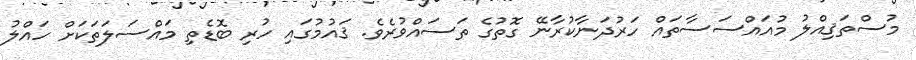
މުސްތަޤިއްލު މުއައްސަސާތައް ހަރުދަނާކުރާނޭ ގޮތުގެ ތަސައްވުރެވެ. ޤައުމުގައި ހުރި ބޮޑެތި މައްސަލަތަކަށް ހައްލު